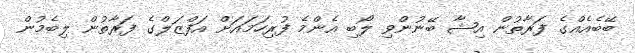
ބޭބެއެއްގެ ފަރާތުން އިޝާ ބޭނުންވި ލޯބި އެންމެ ފުރިހަމައަށް އަފްޒަލްގެ ފަރާތުން ލިބެމުން